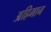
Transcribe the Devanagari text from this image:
अह्रिमान